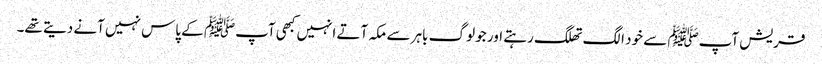
قریش آپﷺ سے خود الگ تھلگ رہتے اور جو لوگ باہر سے مکہ آتے انہیں کبھی آپﷺ کے پاس نہیں آنے دیتے تھے۔